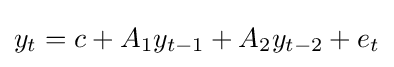
y_{t}=c+A_{1}y_{t-1}+A_{2}y_{t-2}+e_{t}